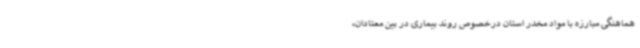
هماهنگی مبارزه با مواد مخدر استان درخصوص روند بیماری در بین معتادان،